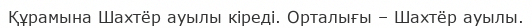
Құрамына Шахтёр ауылы кіреді. Орталығы – Шахтёр ауылы.